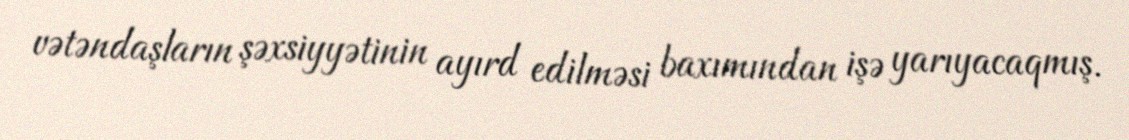
vətəndaşların şəxsiyyətinin ayırd edilməsi baxımından işə yarıyacaqmış.